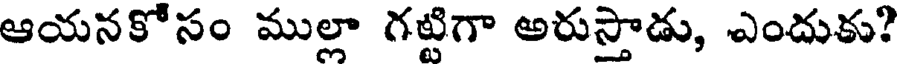
ఆయనకోసం ముల్లా గట్టిగా అరుస్తాడు, ఎందుకు?